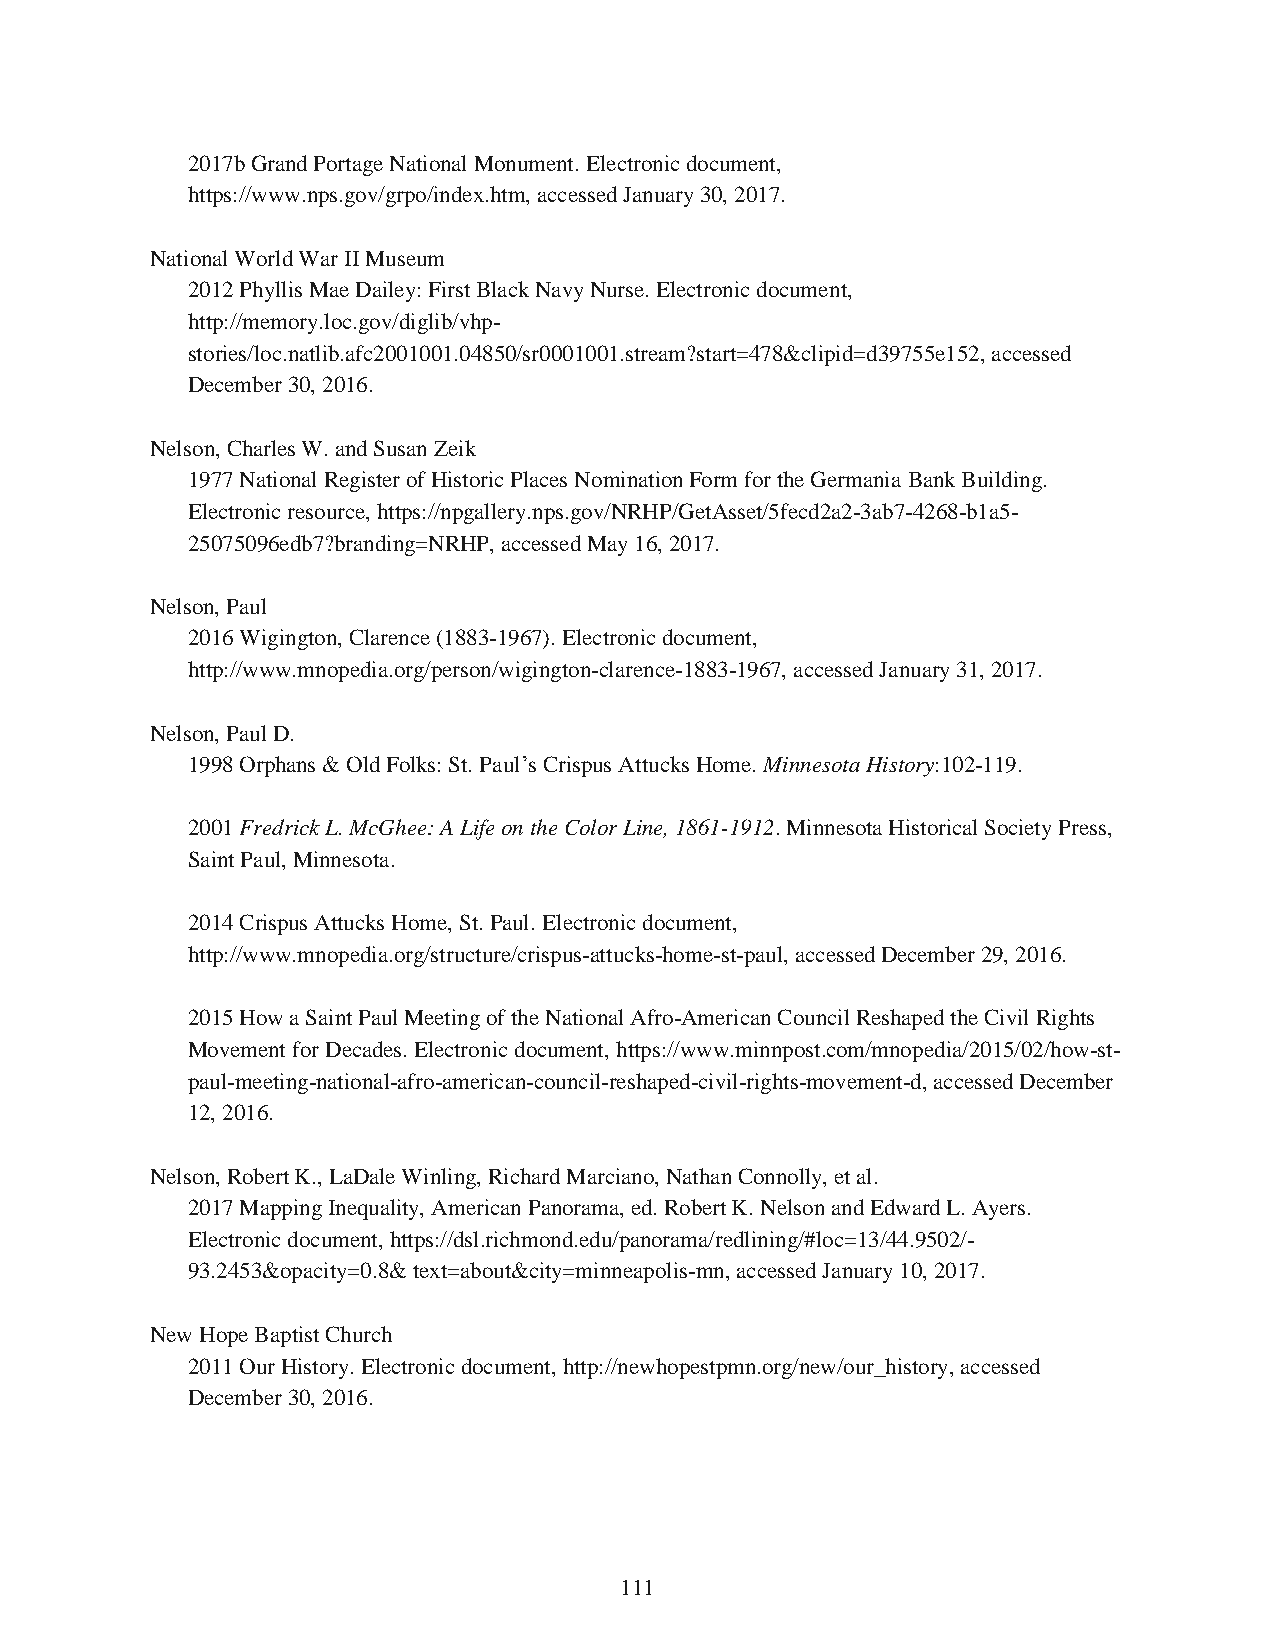
2017b Grand Portage National Monument. Electronic document,
 https://www.nps.gov/grpo/index.htm, accessed January 30, 2017.
 National World War II Museum
 2012 Phyllis Mae Dailey: First Black Navy Nurse. Electronic document,
 http://memory.loc.gov/diglib/vhp-
 stories/loc.natlib.afc2001001.04850/sr0001001.stream?start=478&clipid=d39755e152, accessed
 December 30, 2016.
 Nelson, Charles W. and Susan Zeik
 1977 National Register of Historic Places Nomination Form for the Germania Bank Building.
 Electronic resource, https://npgallery.nps.gov/NRHP/GetAsset/5fecd2a2-3ab7-4268-b1a5-
 25075096edb7?branding=NRHP, accessed May 16, 2017.
 Nelson, Paul
 2016 Wigington, Clarence (1883-1967). Electronic document,
 http://www.mnopedia.org/person/wigington-clarence-1883-1967, accessed January 31, 2017.
 Nelson, Paul D.
 1998 Orphans & Old Folks: St. Paul’s Crispus Attucks Home. Minnesota History:102-119.
 2001 Fredrick L. McGhee: A Life on the Color Line, 1861-1912. Minnesota Historical Society Press,
 Saint Paul, Minnesota.
 2014 Crispus Attucks Home, St. Paul. Electronic document,
 http://www.mnopedia.org/structure/crispus-attucks-home-st-paul, accessed December 29, 2016.
 2015 How a Saint Paul Meeting of the National Afro-American Council Reshaped the Civil Rights
 Movement for Decades. Electronic document, https://www.minnpost.com/mnopedia/2015/02/how-st-
 paul-meeting-national-afro-american-council-reshaped-civil-rights-movement-d, accessed December
 12, 2016.
 Nelson, Robert K., LaDale Winling, Richard Marciano, Nathan Connolly, et al.
 2017 Mapping Inequality, American Panorama, ed. Robert K. Nelson and Edward L. Ayers.
 Electronic document, https://dsl.richmond.edu/panorama/redlining/#loc=13/44.9502/-
 93.2453&opacity=0.8& text=about&city=minneapolis-mn, accessed January 10, 2017.
 New Hope Baptist Church
 2011 Our History. Electronic document, http://newhopestpmn.org/new/our_history, accessed
 December 30, 2016.
 111